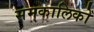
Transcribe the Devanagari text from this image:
समकालिकों